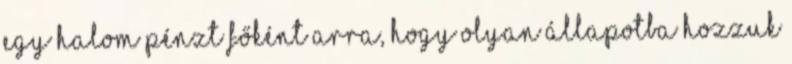
egy halom pénzt főként arra, hogy olyan állapotba hozzuk